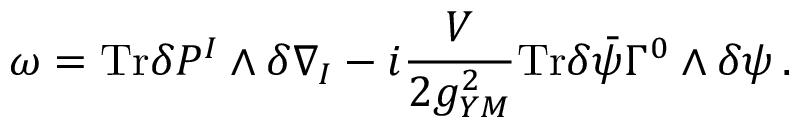
\omega = \mathrm { T r } \delta P ^ { I } \wedge \delta \nabla _ { I } - i \frac { V } { 2 g _ { Y M } ^ { 2 } } \mathrm { T r } \delta \bar { \psi } \Gamma ^ { 0 } \wedge \delta \psi \, .